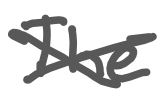
Text: The
Cross-out: mix
Writing tool: digital_gray